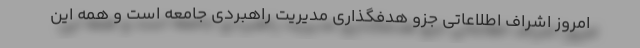
امروز اشراف اطلاعاتی جزو هدفگذاری مدیریت راهبردی جامعه است و همه این